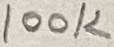
Text: 100K